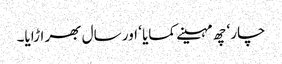
چار ‘ چھ مہینے کمایا ‘ اور سال بھر اڑایا۔